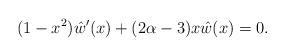
LaTeX: \begin{align*}(1-x^2)\hat{w}'(x)+(2\alpha-3)x\hat{w}(x)=0.\end{align*}